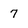
Character: 7